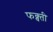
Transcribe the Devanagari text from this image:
फक्व्ती